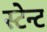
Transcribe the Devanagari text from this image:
स्टेन्ट